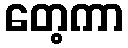
တေ့ကာ